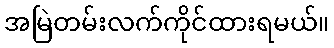
အမြဲတမ်းလက်ကိုင်ထားရမယ်။